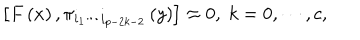
\left[ F \left( x \right) , \pi _ { i _ { 1 } \cdots i _ { p - 2 k - 2 } } \left( y \right) \right] \approx 0 , \; k = 0 , \cdots , c ,